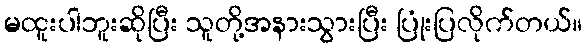
မထူးပါဘူးဆိုပြီး သူတို့အနားသွားပြီး ပြုံးပြလိုက်တယ်။